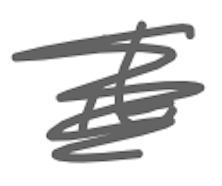
Text: it
Cross-out: scratch
Writing tool: digital_gray